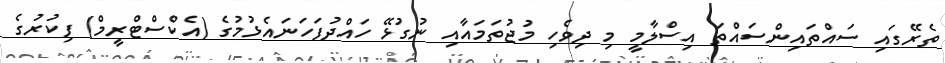
ތެރޭގައި ސައްތައިންސައްތަ އިސްލާމީ މި ދިވެހި މުޖުތަމައާއި ނުގުޅޭ ހައްދުފަހަނައެޅުމުގެ (އެކްސްޓްރީމް) ފިކުރުގެ